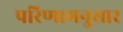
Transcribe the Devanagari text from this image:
परिणामनुसार